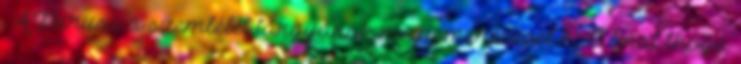
. A Purusa a szemlélet tárgyának megismerésével hatalmat bhóga